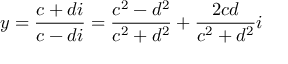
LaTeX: y = { \frac { c + d i } { c - d i } } = { \frac { c ^ { 2 } - d ^ { 2 } } { c ^ { 2 } + d ^ { 2 } } } + { \frac { 2 c d } { c ^ { 2 } + d ^ { 2 } } } i